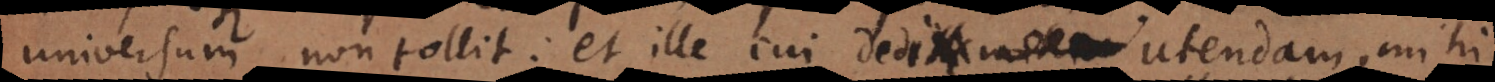
universum non tollit: et ille cui dedi utendam, mihi